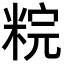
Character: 𥹳